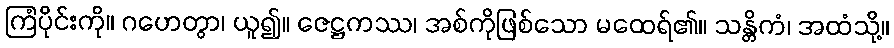
ကြံပိုင်းကို။ ဂဟေတွာ၊ ယူ၍။ ဇေဋ္ဌကဿ၊ အစ်ကိုဖြစ်သော မထေရ်၏။ သန္တိကံ၊ အထံသို့။